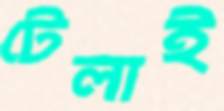
টেলাই